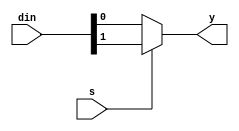
/*
behavioral model of a 2x1 mux using if else
*/

module mux_2x1(input[1:0] din, input s, output reg y);

    always @(din or s) begin
        if(s==0)
            y = din[0];
        else if(s==1)
            y = din[1];
        else 
            y = 1'bz;
    end

endmodule